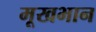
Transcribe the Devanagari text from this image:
मूखभान